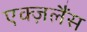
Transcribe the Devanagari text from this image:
एक्ज़लैंस